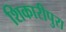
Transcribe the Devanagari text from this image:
शिकारीपुरा